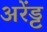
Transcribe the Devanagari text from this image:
अरेंड्ट